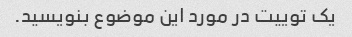
یک توییت در مورد این موضوع بنویسید.